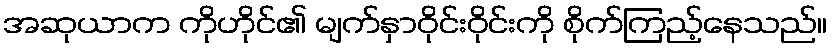
အဆုယာက ကိုဟိုင်၏ မျက်နှာဝိုင်းဝိုင်းကို စိုက်ကြည့်နေသည်။